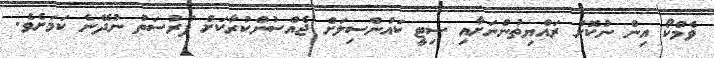
ވެމްކޯ އިން ނުކޮށް ރައްޔިތުންނަށާއި ސިޓީ ކައުންސިލަށް ޖެއްސުންކުރާކަށް ފުރުސަތު ނުދޭނެ ކަމަށެވެ.